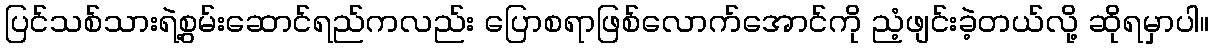
ပြင်သစ်သားရဲ့စွမ်းဆောင်ရည်ကလည်း ပြောစရာဖြစ်လောက်အောင်ကို ညံ့ဖျင်းခဲ့တယ်လို့ ဆိုရမှာပါ။